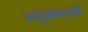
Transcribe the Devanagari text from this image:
अनुबन्धकों